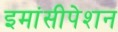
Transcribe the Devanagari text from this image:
इमांसीपेशन